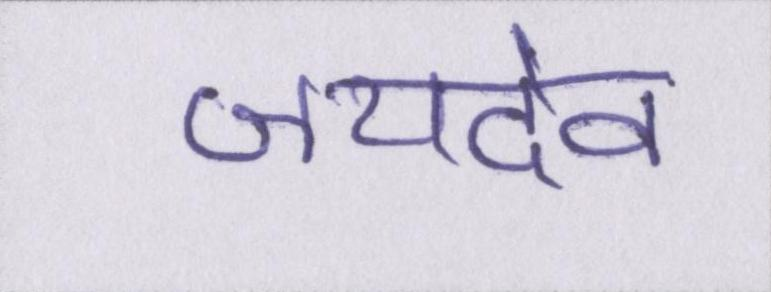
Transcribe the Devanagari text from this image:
जयदेव